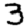
Digit: 3